NAE_ERA_R-2632_ENSV_TA_Emakeele_Selts_1945-1955, lk 9
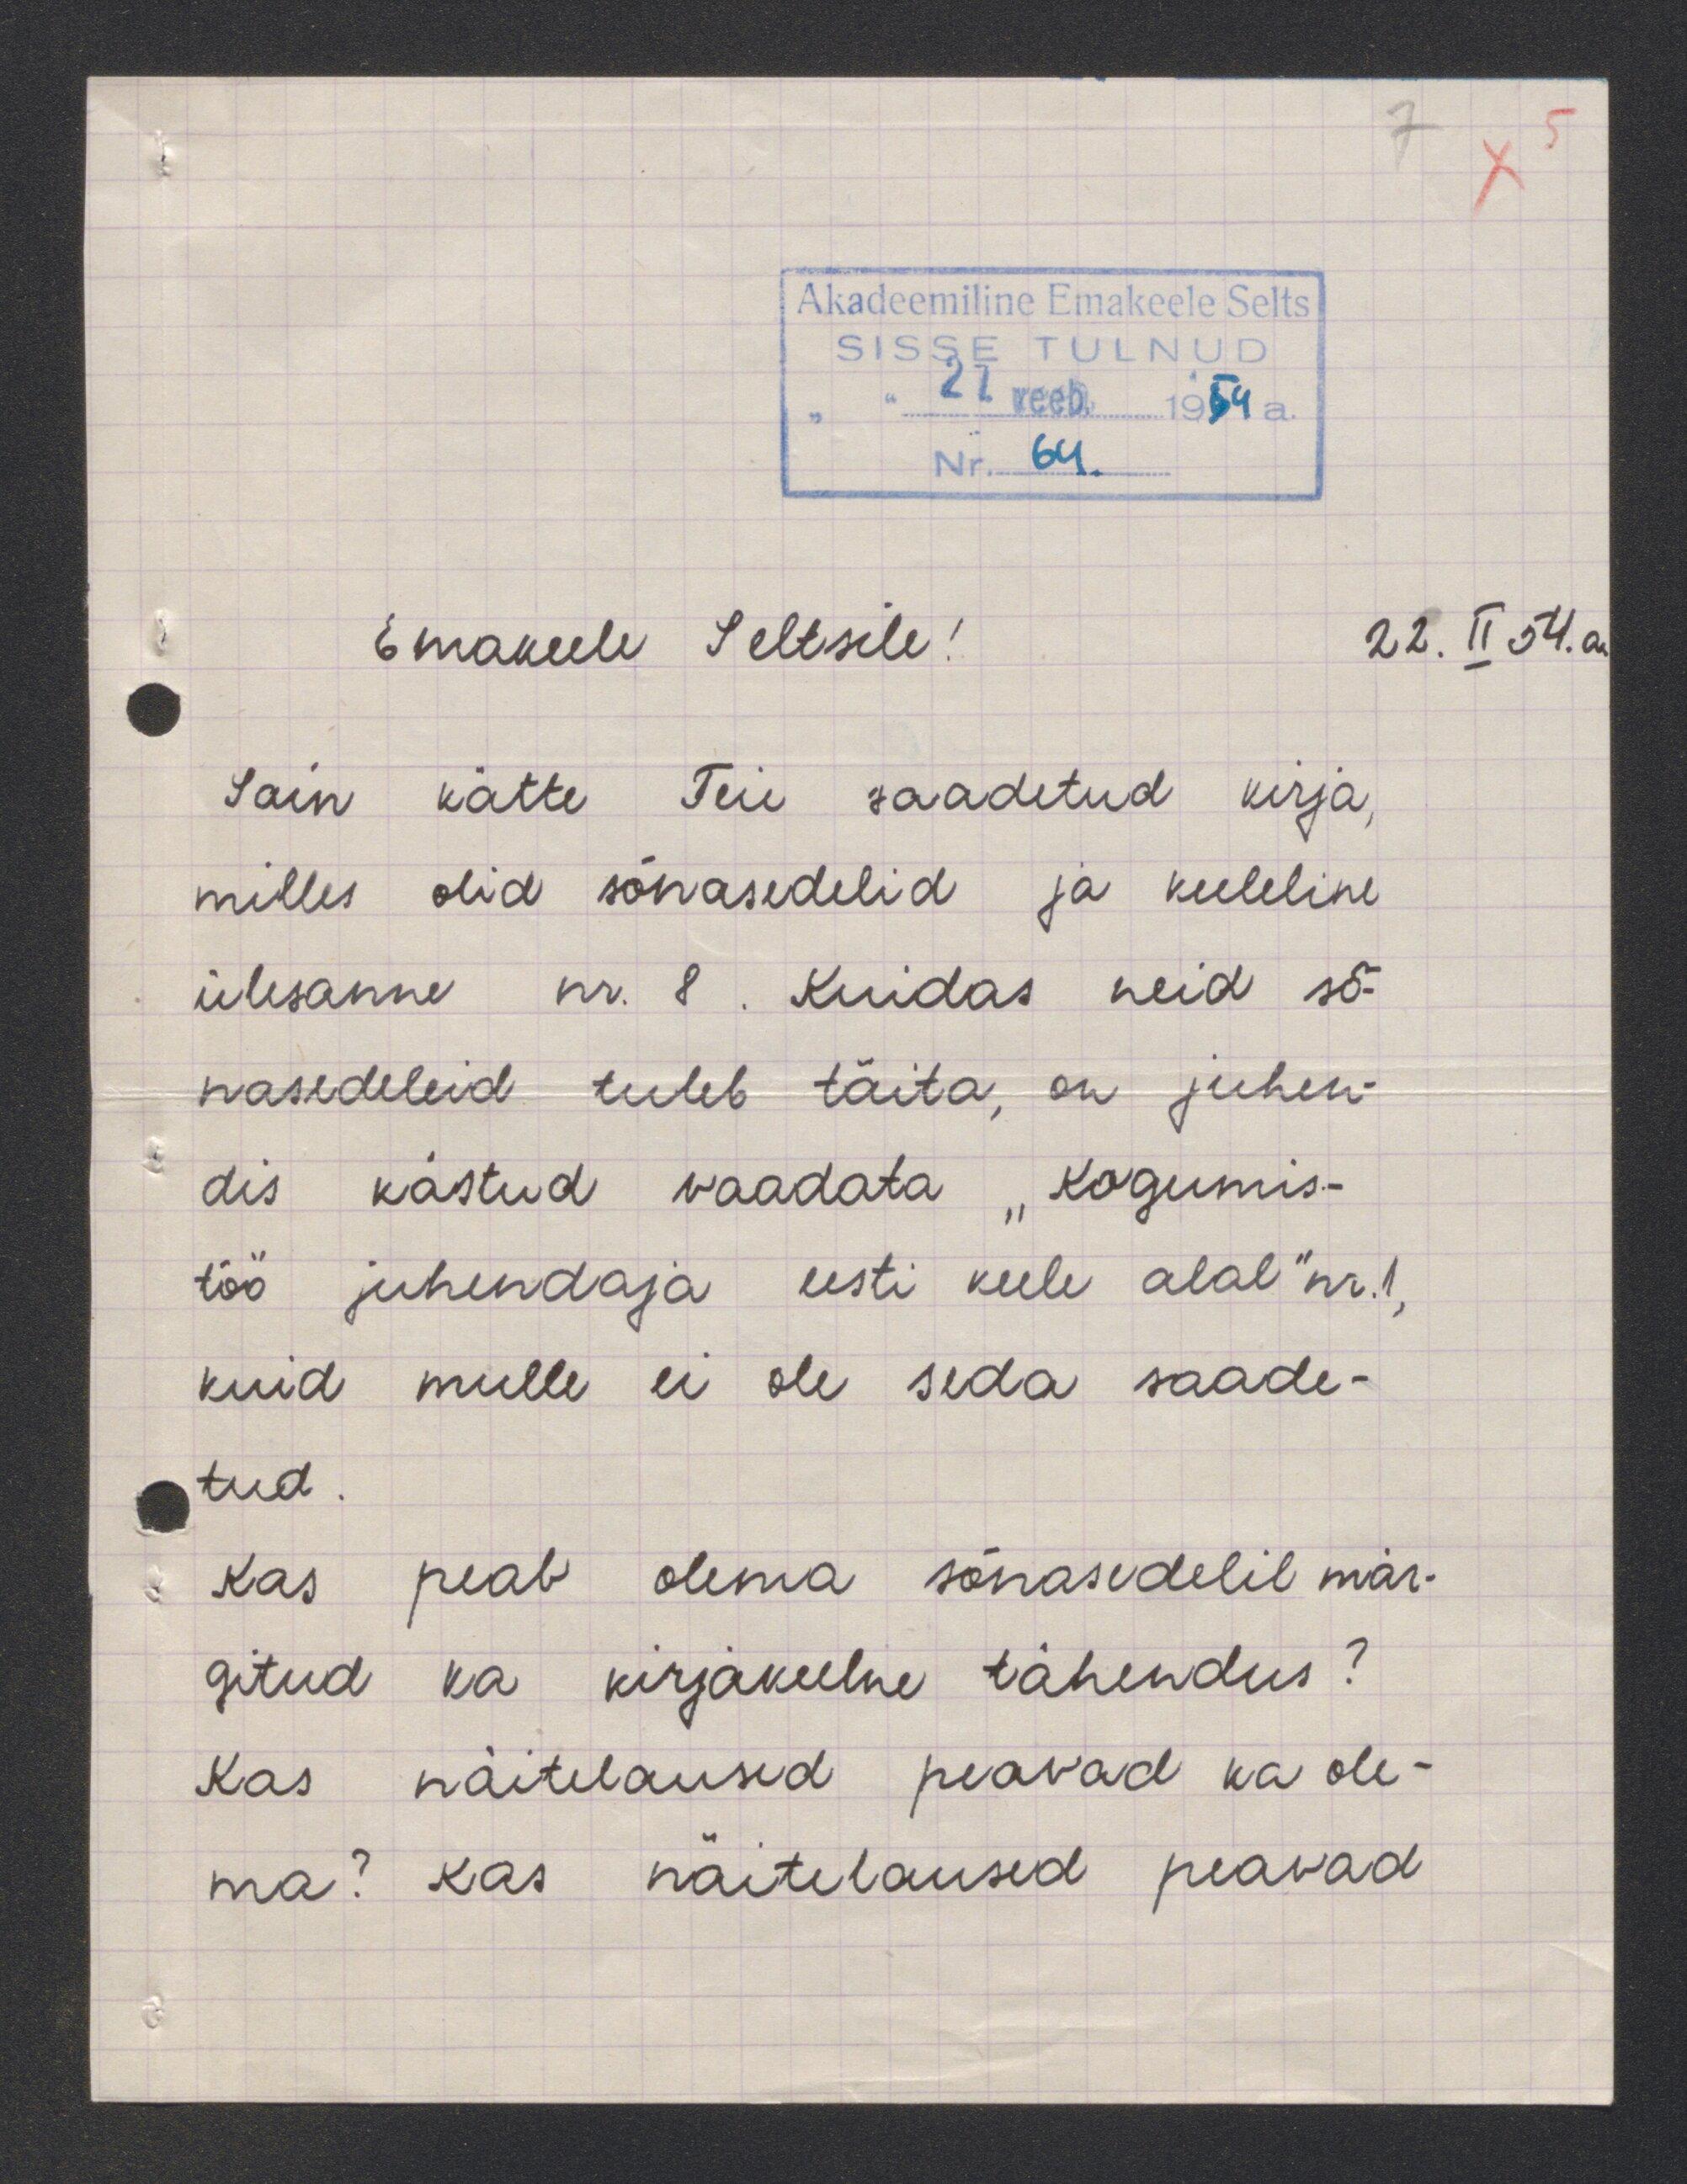
22. II 54. a
Emakeele Seltsile
Sain kätte Teie saadetud kirja,
milles olid sõnasedelid ja keeleline
ülesanne nr. 8. Kuidas neid sõ-
nasedeleid tuleb täita, on juhen-
dis kästud vaadata "kogumis-
töö juhendaja eesti keele alal nr. 1,
kuid mulle ei ole seda saade-
tud.
Kas peab olema sõnasedelil mär-
gitud ka kirjakeelne tähendus?
Kas näitelaused peavad ka ole
ma? Kas näitelaused peavad